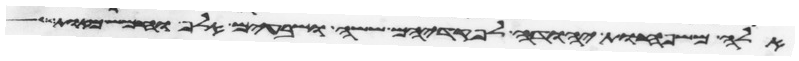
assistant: אלה משפחות יהודה לפקדיהם ששה ושבעים אלף וחמש מאות